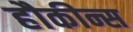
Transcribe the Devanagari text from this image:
हौकीन्स